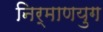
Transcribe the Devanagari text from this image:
निर्माणयुग